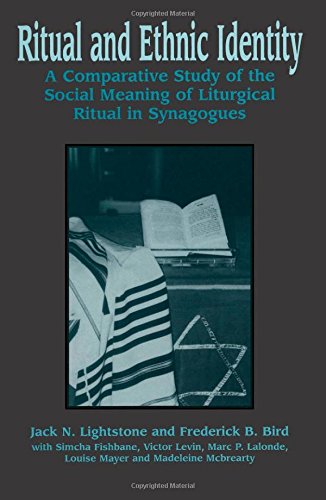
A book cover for Ritual and Ethnic Identity: A Comparative Study of the Social Meaning of Liturgical Ritual in Synagogues; Jack N. Lightstone; Politics & Social Sciences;